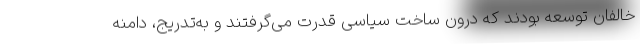
خالفان توسعه بودند که درون ساخت سیاسی قدرت می‌گرفتند و به‌تدریج، دامنه